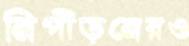
নিপীড়নেরও